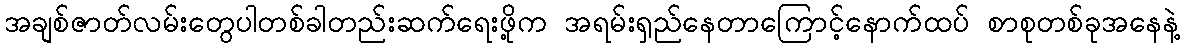
အချစ်ဇာတ်လမ်းတွေပါတစ်ခါတည်းဆက်ရေးဖို့က အရမ်းရှည်နေတာကြောင့်နောက်ထပ် စာစုတစ်ခုအနေနဲ့